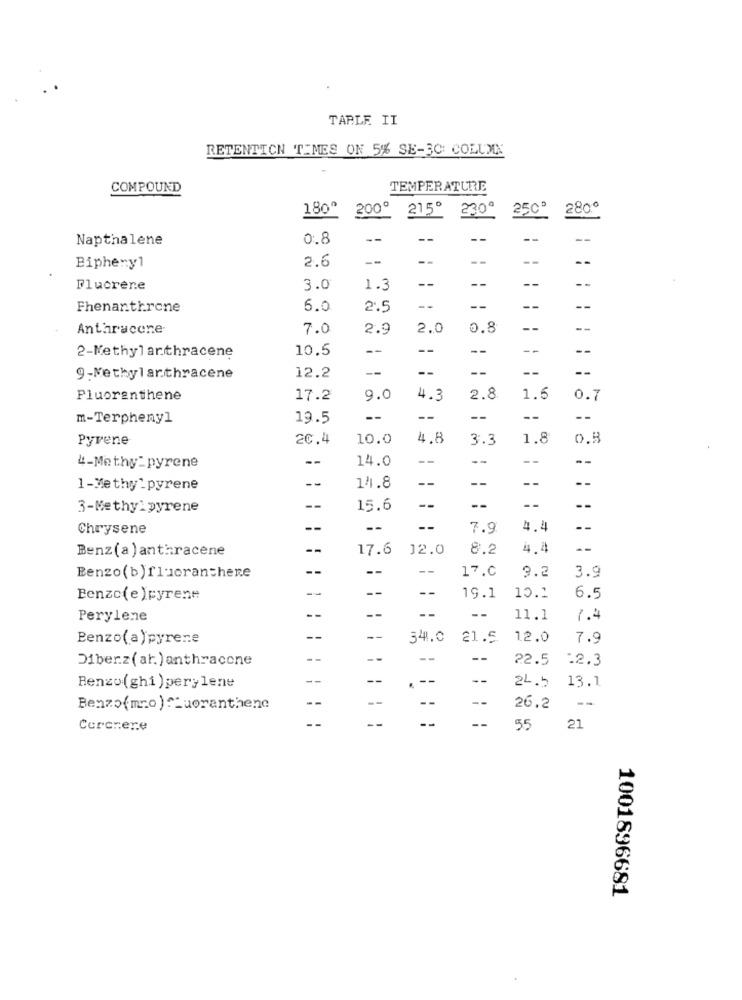
TARLE II
RETENTICN TIMES ON 5% SE-3C: COLUMN
COMPOUND
TEMPERATURE
180º
200º
215º
2300
2500
2800
Napthalene
0.8
--
--
-
2.6
--
--
--
--
Bipheny1
-
Flucrene
3.0
1.3
--
Fhenanthrone
6.0
2.5
--
--
Anthracone
7.0
2.9
2.0
0.8
--
10.5
--
--
--
--
2-Methyl arthracene
--
--
--
--
9-Methylarthracene
12.2
Pluorenthene
17.2
9.0
4.3
2.8.
1.6
0.7
m-Terphenyl
19.5
--
--
--
--
--
Pyrene
20.4
10.0
4.8
3.3
1.8
0.8
--
14.0
-
--
--
--
4-Methy-pyrene
--
--
--
--
1 -Methy'pyrene
14.8
3-Methyl pyrene
15.6
--
--
Chrysene
--
--
--
7.9
4.4
--
Benz(a) anthracene
17.6
12.0
8.2
4.4
--
--
--
17.C
9.2
3.9
Benzo(b)fluoranchene
--
--
Benzo(e )pyrene
19.1
10.2
6.5
--
Perylene
--
11.1
7.4
Benzo(a)pyrene
-
34.0 21.5.
12.0
7.9
Diberz (ar.) anthracone
--
22.5 .2.3
--
--
-
2L.5 13.1
Benzo(ghi) perylene
--
--
- -
Benzo(mo) ^_uoranthene
26.2
--
--
--
Corcrere
55
21
1001896681